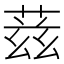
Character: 𬝘